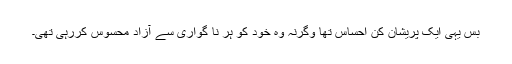
بس یہی ایک پریشان کن احساس تھا وگرنہ وہ خود کو ہر نا گواری سے آزاد محسوس کررہی تھی۔